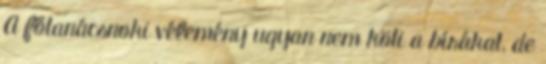
A főtanácsnoki vélemény ugyan nem köti a bírákat, de